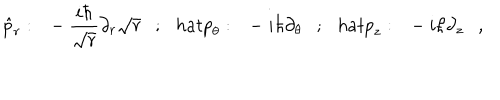
LaTeX: \hat { p } _ { r } : \ \ - \frac { i \hbar } { \sqrt { r } } \partial _ { r } \sqrt { r } \ \ \ ; \ \ \, h a t { p } _ { \theta } : \ \ - i \hbar \partial _ { \theta } \ \ \ ; \ \ \, h a t { p } _ { z } : \ \ - i \hbar \partial _ { z } \ \ \ ,